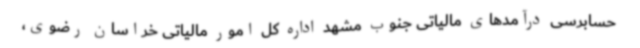
حسابرسی درآمدهای مالیاتی جنوب مشهد اداره کل امور مالیاتی خراسان رضوی،